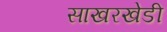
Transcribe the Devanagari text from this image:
साखरखेडी